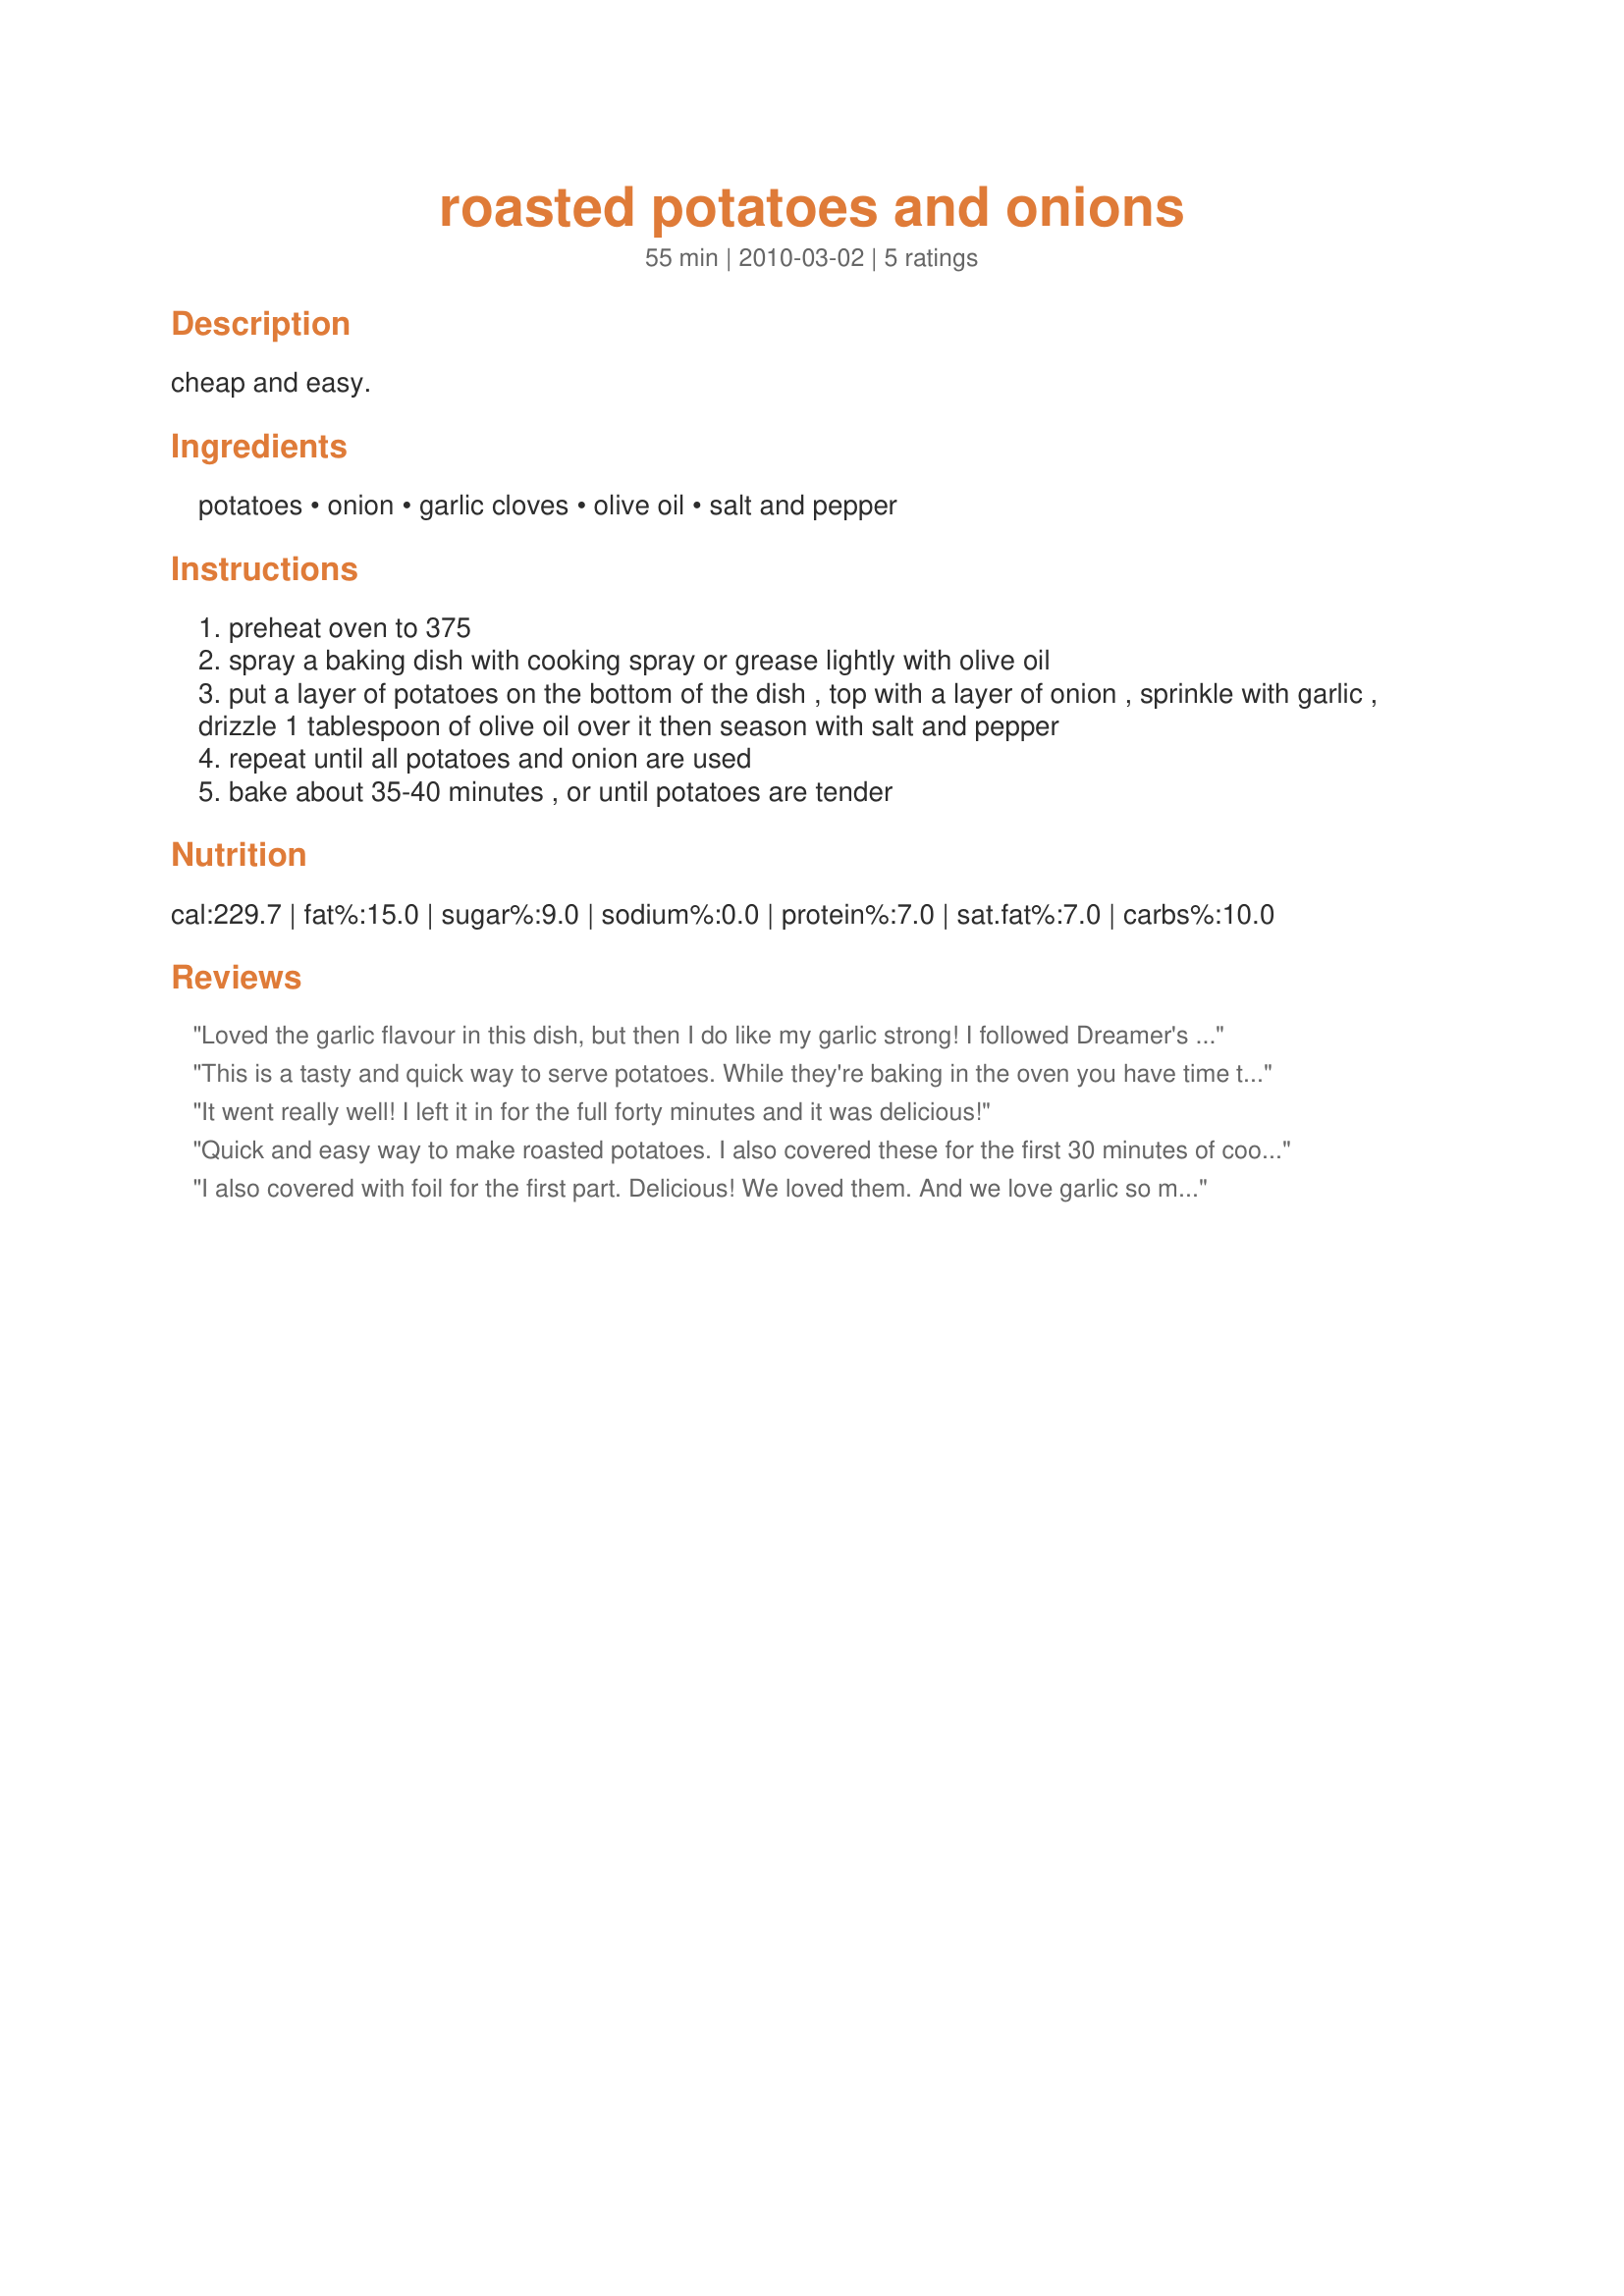
roasted potatoes and onions
Preparation time: 55 minutes

cheap and easy.

Ingredients:
potatoes, onion, garlic cloves, olive oil, salt and pepper

Steps:
preheat oven to 375
spray a baking dish with cooking spray or grease lightly with olive oil
put a layer of potatoes on the bottom of the dish , top with a layer of onion , sprinkle with garlic , drizzle 1 tablespoon of olive oil over it then season with salt and pepper
repeat until all potatoes and onion are used
bake about 35-40 minutes , or until potatoes are tender

Reviews:
Loved the garlic flavour in this dish, but then I do like my garlic strong! I followed Dreamer's suggestion and covered the dish with foil for about the first half hour. Lovely recipe! Made for PAC Spring 2010.
This is a tasty and quick way to serve potatoes. While they're baking in the oven you have time to prepare the rest of your dinner. The only changes I would make for my family would be to reduce the amount of garlic and to bake in a covered dish (at least for part of the time before allowing to brown uncovered). Made for Spring 2010 PAC
It went really well! I left it in for the full forty minutes and it was delicious!
Quick and easy way to make roasted potatoes. I also covered these for the first 30 minutes of cook time. *Made for Spring 2010 PAC*
I also covered with foil for the first part. Delicious! We loved them. And we love garlic so much that I also added a sprinkle of garlic Mrs. Dash.
